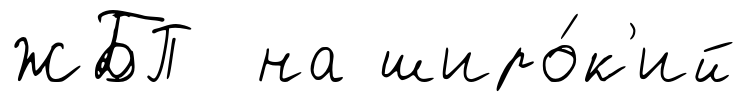
ЖБП на широ́к'ий